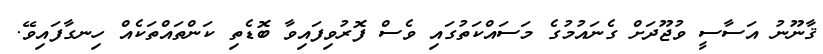
ޤާނޫނު އަސާސީ ވުޖޫދަށް ގެނައުމުގެ މަސައްކަތުގައި ވެސް ފޮރުވިފައިވާ ބޮޑެތި ކަންތައްތަކެއް ހިނގާފައިވޭ.